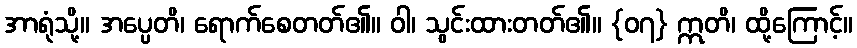
အာရုံသို့။ အပ္ပေတိ၊ ရောက်စေတတ်၏။ ဝါ၊ သွင်းထားတတ်၏။ {၀၇} ဣတိ၊ ထို့ကြောင့်။